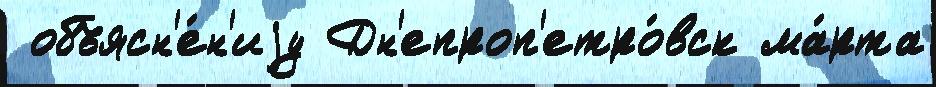
 объясн'е́н'иjу Дн'епроп'етро́вск ма́рта